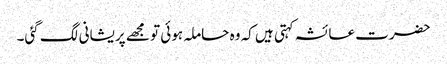
حضرت عائشہ کہتی ہیں کہ وہ حاملہ ہوئی تو مجھے پریشانی لگ گئی۔